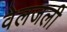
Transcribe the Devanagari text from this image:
वेलजली